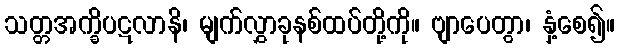
သတ္တအက္ခိပဋလာနိ၊ မျက်လွှာခုနစ်ထပ်တို့ကို။ ဗျာပေတွာ၊ နှံ့စေ၍။